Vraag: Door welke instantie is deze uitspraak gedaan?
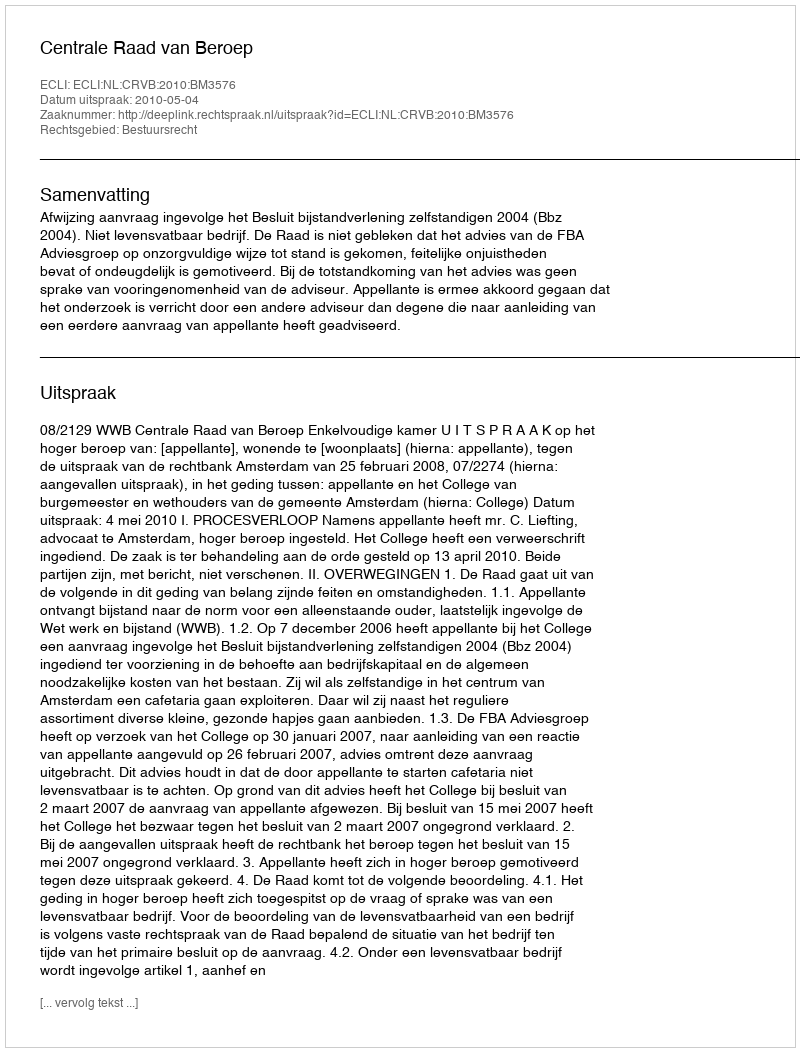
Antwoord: Centrale Raad van Beroep